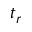
t _ { r }